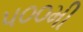
૫૦૦મી